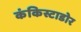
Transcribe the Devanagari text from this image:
कंकिस्टाडोर